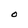
Character: O